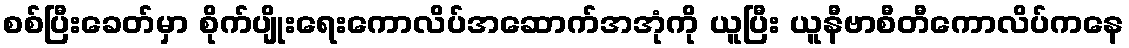
စစ်ပြီးခေတ်မှာ စိုက်ပျိုးရေးကောလိပ်အဆောက်အအုံကို ယူပြီး ယူနီဗာစီတီကောလိပ်ကနေ